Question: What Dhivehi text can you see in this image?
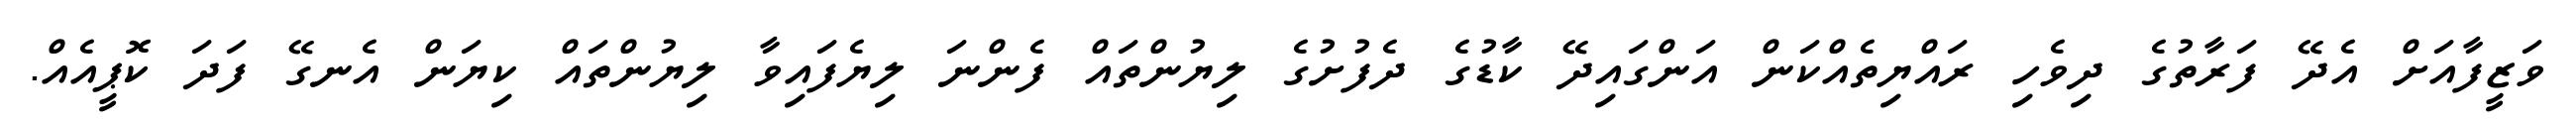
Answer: ވަޒީފާއަށް އެދޭ ފަރާތުގެ ދިވެހި ރައްޔިތެއްކަން އަންގައިދޭ ކާޑުގެ ދެފުށުގެ ލިޔުންތައް ފެންނަ ލިޔެފައިވާ ލިޔުންތައް ކިޔަން އެނގޭ ފަދަ ކޮޕީއެއް.